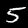
Digit: 5